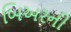
બિઅરની